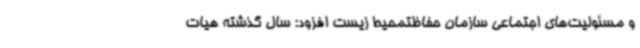
و مسئولیت‌های اجتماعی سازمان حفاظتمحیط‌ زیست افزود: سال گذشته هیات